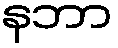
နဘာ